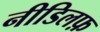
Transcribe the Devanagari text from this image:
नीडिलफ़